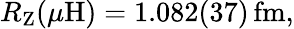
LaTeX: R_{\mathrm{Z}}(\mu\mathrm{H})=1.082(37)\, \mathrm{fm},